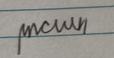
Signature authenticity: genuine